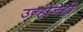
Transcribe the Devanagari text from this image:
उन्होनेही